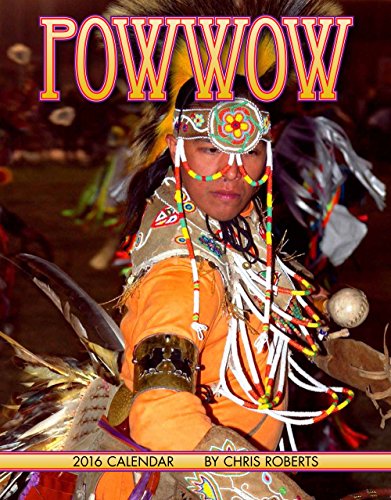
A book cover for Powwow 2016 Calendar 11x14 (Native American); Chris Roberts; Calendars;